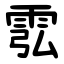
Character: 䨎